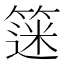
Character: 𫂗